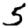
Digit: 5